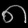
Digit: ၈